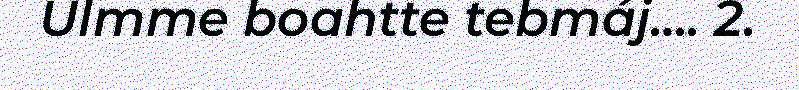
Ulmme boahtte tebmáj…. 2.